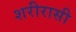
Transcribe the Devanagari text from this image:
शरीरासी